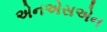
એનએસએન